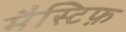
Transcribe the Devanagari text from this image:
मैस्टिफ़